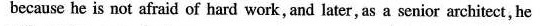
because he is not afraid of hard work, and later, as a senior architect, he